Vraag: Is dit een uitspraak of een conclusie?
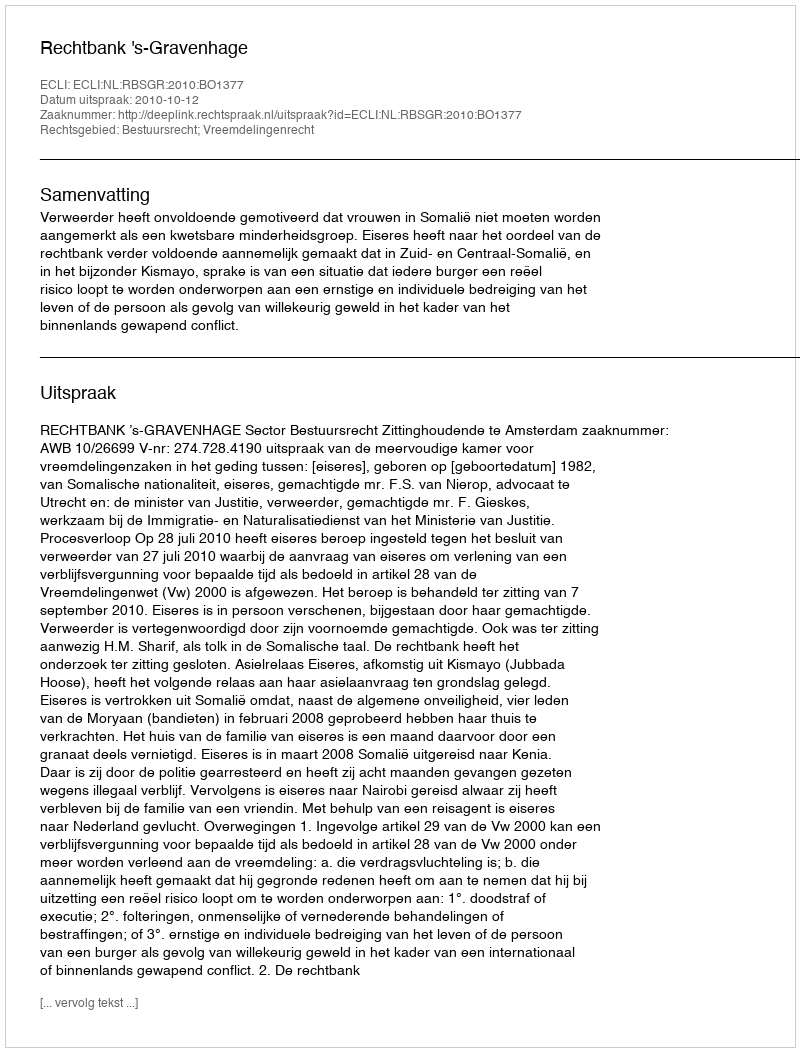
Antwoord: Uitspraak